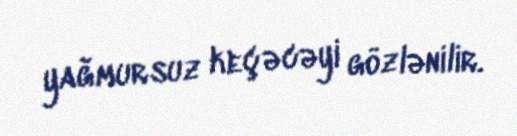
yağmursuz keçəcəyi gözlənilir.